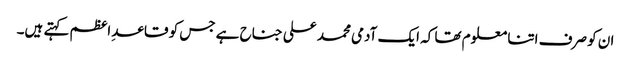
ان کو صرف اتنا معلوم تھا کہ ایک آدمی محمد علی جناح ہے جس کو قاعدِ اعظم کہتے ہیں۔